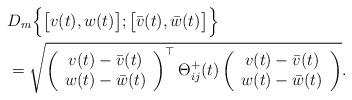
LaTeX: \begin{align*}&D_m\Big\{\big[v(t),w(t)\big];\big[\bar{v}(t),\bar{w}(t)\big]\Big\}\\&=\sqrt{\left(\begin{array}{c} v(t)-\bar{v}(t)\\w(t)-\bar{w}(t)\end{array}\right)^{\top}\Theta_{ij}^{+}(t)\left(\begin{array}{c} v(t)-\bar{v}(t)\\w(t)-\bar{w}(t)\end{array}\right)}.\end{align*}